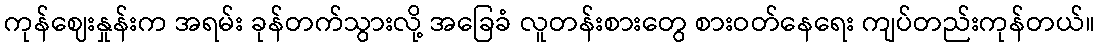
ကုန်ဈေးနှုန်းက အရမ်း ခုန်တက်သွားလို့ အခြေခံ လူတန်းစားတွေ စားဝတ်နေရေး ကျပ်တည်းကုန်တယ်။